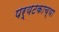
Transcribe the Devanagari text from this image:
पर्यटकाच्या